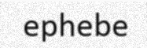
ephebe